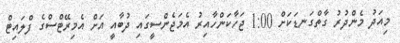
މިއަދު މެންދުރު ގާތްގަނޑަކަށް 1:00 ޖަހާކަންހާއިރު އެމަޖެންސީގައި ދުބާއީ އަށް އެމިރޭޓްސްގެ ފްލައިޓް